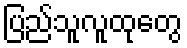
ပြည်သူလူထုတွေ